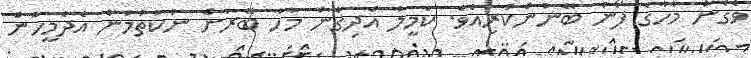
ވެގެން މާހާގެ ފޯނު ބޭނުންކުރިއެވެ. ކަމީލާ އެދިގެން މާހާ ބޭރަށް ނުކުތުމުން އެދެމީހުން